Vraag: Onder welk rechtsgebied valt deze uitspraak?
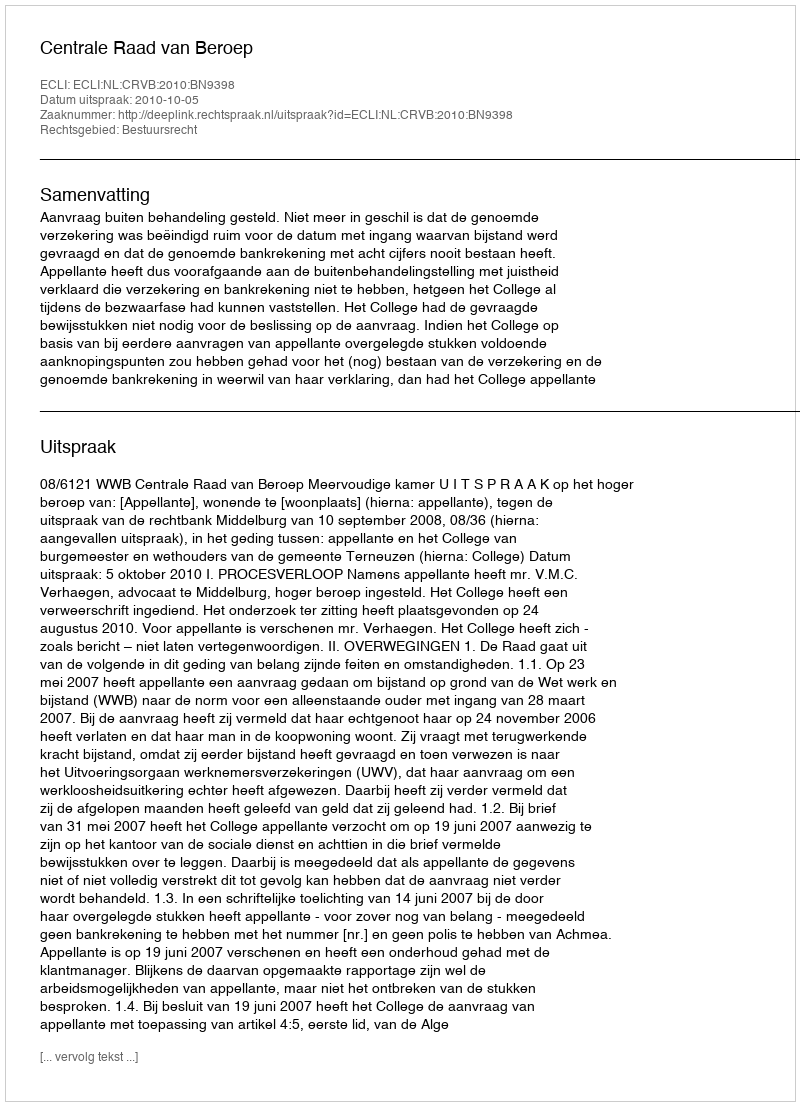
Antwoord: Bestuursrecht